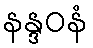
နန္ဒဝနံ